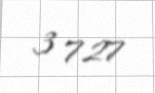
3 727